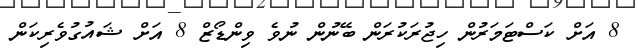
8 އަށް ކަސްޓަމަރުން ހިޖުރަކުރަން ބޭނުން ނުވެ ވިންޑޯޒް 8 އަށް ޝައުގުވެރިކަން